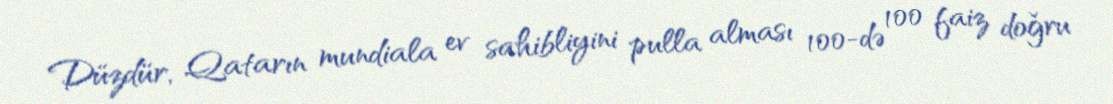
Düzdür, Qatarın mundiala ev sahibliyini pulla alması 100-də 100 faiz doğru